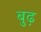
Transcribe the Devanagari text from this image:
बुढ़